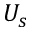
U _ { s }